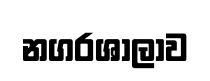
නගරශාලාව